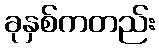
ခုနှစ်ကတည်း